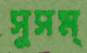
সুসম্